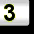
Digit: 3